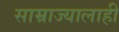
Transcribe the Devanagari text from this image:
साम्राज्यालाही